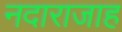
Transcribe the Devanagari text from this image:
नदाराजाह